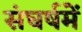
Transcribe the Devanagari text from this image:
संघर्षमें